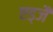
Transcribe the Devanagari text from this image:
एड्जै